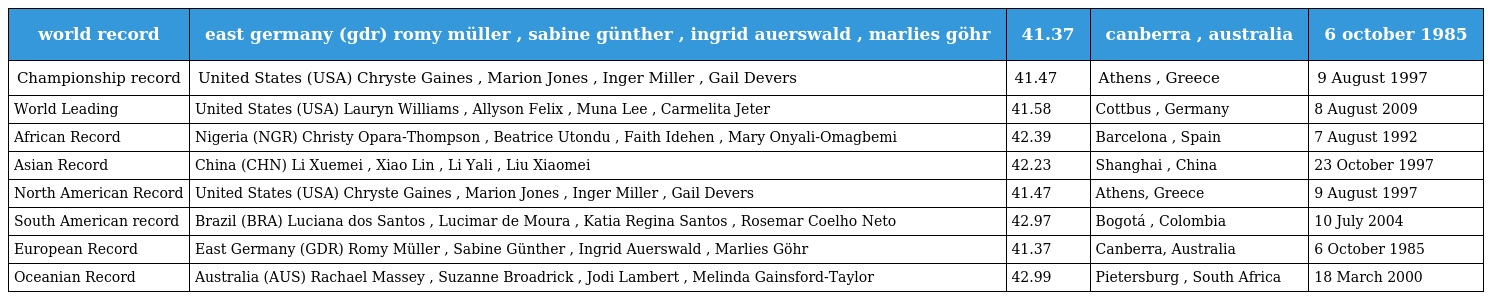
| world record | east germany (gdr) romy müller , sabine günther , ingrid auerswald , marlies göhr | 41.37 | canberra , australia | 6 october 1985 |
 | --- | --- | --- | --- | --- |
 | Championship record | United States (USA) Chryste Gaines , Marion Jones , Inger Miller , Gail Devers | 41.47 | Athens , Greece | 9 August 1997 |
 | World Leading | United States (USA) Lauryn Williams , Allyson Felix , Muna Lee , Carmelita Jeter | 41.58 | Cottbus , Germany | 8 August 2009 |
 | African Record | Nigeria (NGR) Christy Opara-Thompson , Beatrice Utondu , Faith Idehen , Mary Onyali-Omagbemi | 42.39 | Barcelona , Spain | 7 August 1992 |
 | Asian Record | China (CHN) Li Xuemei , Xiao Lin , Li Yali , Liu Xiaomei | 42.23 | Shanghai , China | 23 October 1997 |
 | North American Record | United States (USA) Chryste Gaines , Marion Jones , Inger Miller , Gail Devers | 41.47 | Athens, Greece | 9 August 1997 |
 | South American record | Brazil (BRA) Luciana dos Santos , Lucimar de Moura , Katia Regina Santos , Rosemar Coelho Neto | 42.97 | Bogotá , Colombia | 10 July 2004 |
 | European Record | East Germany (GDR) Romy Müller , Sabine Günther , Ingrid Auerswald , Marlies Göhr | 41.37 | Canberra, Australia | 6 October 1985 |
 | Oceanian Record | Australia (AUS) Rachael Massey , Suzanne Broadrick , Jodi Lambert , Melinda Gainsford-Taylor | 42.99 | Pietersburg , South Africa | 18 March 2000 |